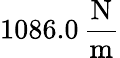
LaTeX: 1086.0\, \frac{\mathrm{N}}{\mathrm{m}}